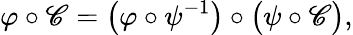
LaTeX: \varphi\circ\mathscr{C}={\big(}\varphi\circ\psi^{-1}{\big)}\circ{\big(}\psi\circ\mathscr{C}{\big)},